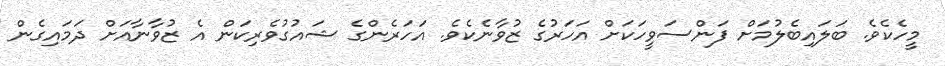
މީހެކެވެ. ބަލައިބެލުމަށް ފަންސަވީހަކަށް އަހަރުގެ ޒުވާނެކެވެ. އަހަރެންގެ ޝައުގުވެރިކަން އެ ޒުވާނާއަށް ދަމައިގެން